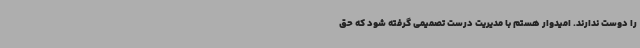
را دوست ندارند. امیدوار هستم با مدیریت درست تصمیمی گرفته شود که حق